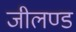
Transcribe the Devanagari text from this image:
जीलण्ड